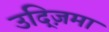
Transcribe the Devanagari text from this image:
उद्ज़िमा